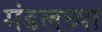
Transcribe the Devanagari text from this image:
मंडलच्या